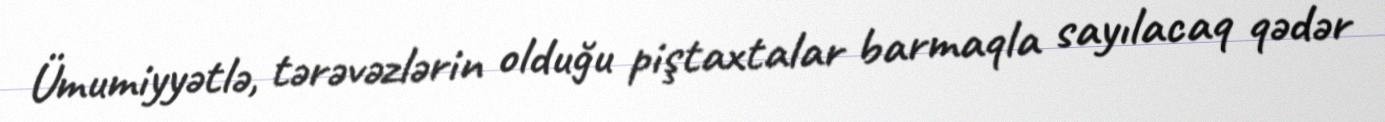
Ümumiyyətlə, tərəvəzlərin olduğu piştaxtalar barmaqla sayılacaq qədər